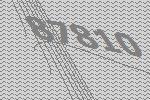
87810